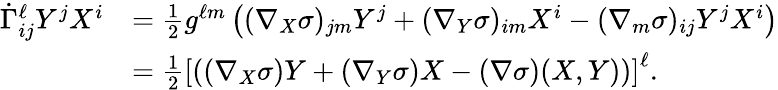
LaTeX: \begin{array}{rl}{\dot{\Gamma}_{ij}^{\ell}Y^{j}X^{i}}&{=\frac{1}{2}g^{\ell m}\left((\nabla_{X}\sigma)_{jm}Y^{j}+(\nabla_{Y}\sigma)_{im}X^{i}-(\nabla_{m}\sigma)_{ij}Y^{j}X^{i}\right)}\\ &{=\frac{1}{2}\left[\left((\nabla_{X}\sigma)Y+(\nabla_{Y}\sigma)X-(\nabla\sigma)(X,Y)\right)\right]^{\ell}.}\end{array}